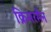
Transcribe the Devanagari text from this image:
क्रिमरमैन